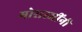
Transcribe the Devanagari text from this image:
मोरारजींनी